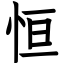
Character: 恒